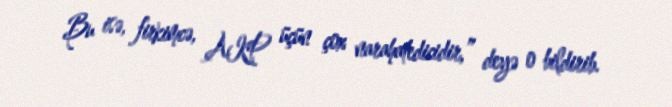
Bu isə, firkimcə, AKP üçün çox narahatedicidir,” deyə o bildirib.